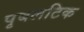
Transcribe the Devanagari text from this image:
पृबलटिक